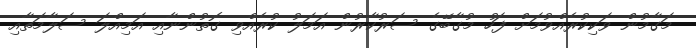
މަގާމުން ވަކިކުރެއްވުމަށް ފަހު މުގާބޭގެ ސަރުކާރުން އަމަލު ކުރެއްވި ގޮތުންނާއި އަމިއްލަ ސަލާމަތާއި